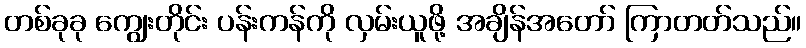
တစ်ခုခု ကျွေးတိုင်း ပန်းကန်ကို လှမ်းယူဖို့ အချိန်အတော် ကြာတတ်သည်။